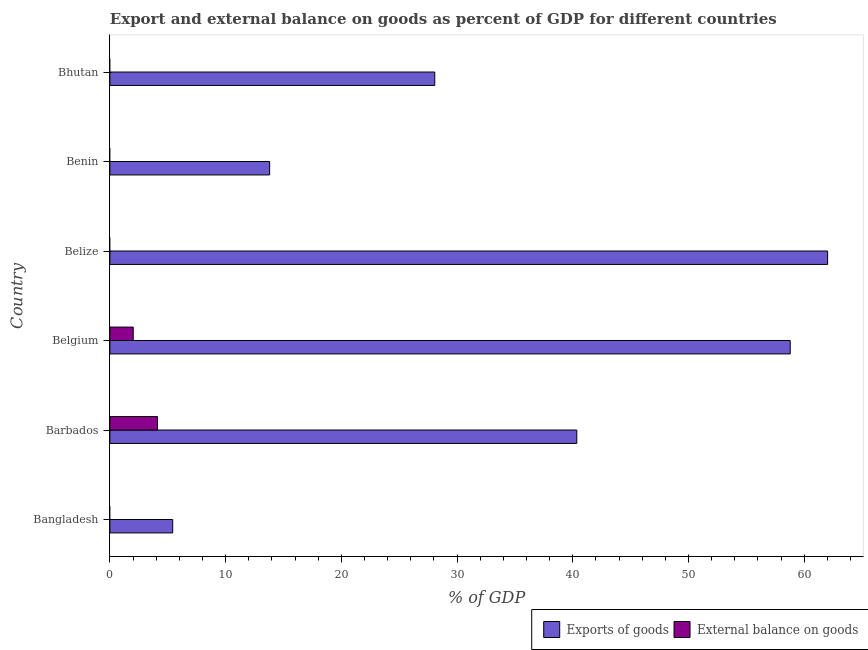
| Country | Exports of goods | External balance on goods |
 | --- | --- | --- |
 | Bangladesh | 5.43 | -6.82 |
 | Barbados | 40.3 | 4.11 |
 | Belgium | 58.8 | 2.02 |
 | Belize | 62 | -5.83 |
 | Benin | 13.8 | -18.3 |
 | Bhutan | 28.1 | -21 |